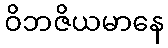
ဝိဘဇိယမာနေ